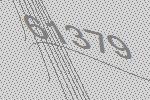
61379